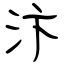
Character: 汴